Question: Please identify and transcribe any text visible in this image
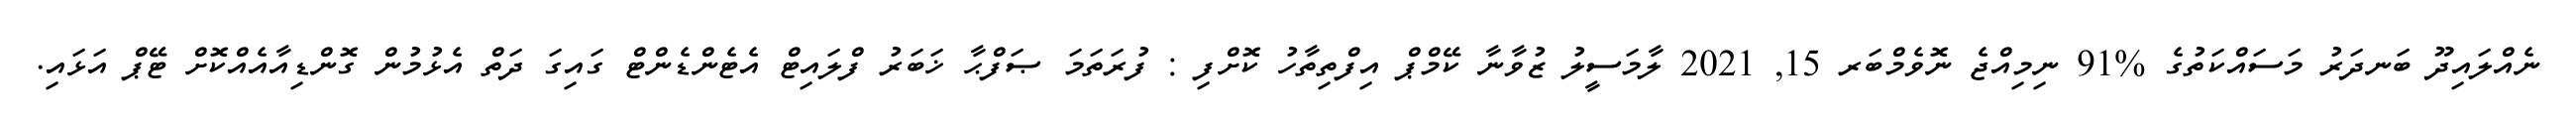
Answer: ނެއްލައިދޫ ބަނދަރު މަސައްކަތުގެ %91 ނިމިއްޖެ ނޮވެމްބަރ 15, 2021 ލާމަސީލު ޒުވާނާ ކޭމްޕް އިފްތިތާހު ކޮށްފި : ފުރަތަމަ ޞަފްޙާ ޚަބަރު ފްލައިޓް އެޓެންޑެންޓް ގައިގަ ދަތް އެޅުމުން ގޮންޑިއާއެއްކޮށް ޓޭޕް އަޅައި.